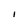
Character: I